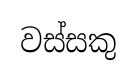
වස්සකු